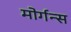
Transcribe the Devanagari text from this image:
मोर्गन्स